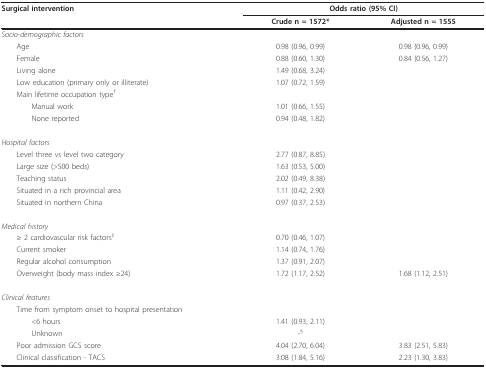
<table><thead><tr><td><b>Surgical intervention</b></td><td colspan="2"><b>Odds ratio (95% CI)</b></td></tr><tr><td></td><td><b>Crude n = 1572*</b></td><td><b>Adjusted n = 1555</b></td></tr></thead><tbody><tr><td><i>Socio-demographic factors</i></td><td></td><td></td></tr><tr><td> Age</td><td>0.98 (0.96, 0.99)</td><td>0.98 (0.96, 0.99)</td></tr><tr><td> Female</td><td>0.88 (0.60, 1.30)</td><td>0.84 (0.56, 1.27)</td></tr><tr><td> Living alone</td><td>1.49 (0.68, 3.24)</td><td></td></tr><tr><td> Low education (primary only or illiterate)</td><td>1.07 (0.72, 1.59)</td><td></td></tr><tr><td> Main lifetime occupation type<sup>†</sup></td><td></td><td></td></tr><tr><td>Manual work</td><td>1.01 (0.66, 1.55)</td><td></td></tr><tr><td>None reported</td><td>0.94 (0.48, 1.82)</td><td></td></tr><tr><td><i>Hospital factors</i></td><td></td><td></td></tr><tr><td> Level three vs level two category</td><td>2.77 (0.87, 8.85)</td><td></td></tr><tr><td> Large size (&gt;500 beds)</td><td>1.63 (0.53, 5.00)</td><td></td></tr><tr><td> Teaching status</td><td>2.02 (0.49, 8.38)</td><td></td></tr><tr><td> Situated in a rich provincial area</td><td>1.11 (0.42, 2.90)</td><td></td></tr><tr><td> Situated in northern China</td><td>0.97 (0.37, 2.53)</td><td></td></tr><tr><td><i>Medical history</i></td><td></td><td></td></tr><tr><td> ≥ 2 cardiovascular risk factors<sup>‡</sup></td><td>0.70 (0.46, 1.07)</td><td></td></tr><tr><td> Current smoker</td><td>1.14 (0.74, 1.76)</td><td></td></tr><tr><td> Regular alcohol consumption</td><td>1.37 (0.91, 2.07)</td><td></td></tr><tr><td> Overweight (body mass index ≥24)</td><td>1.72 (1.17, 2.52)</td><td>1.68 (1.12, 2.51)</td></tr><tr><td><i>Clinical features</i></td><td></td><td></td></tr><tr><td> Time from symptom onset to hospital presentation</td><td></td><td></td></tr><tr><td>&lt;6 hours</td><td>1.41 (0.93, 2.11)</td><td></td></tr><tr><td>Unknown</td><td>-<sup>§</sup></td><td></td></tr><tr><td> Poor admission GCS score</td><td>4.04 (2.70, 6.04)</td><td>3.83 (2.51, 5.83)</td></tr><tr><td> Clinical classification - TACS</td><td>3.08 (1.84, 5.16)</td><td>2.23 (1.30, 3.83)</td></tr></tbody></table>